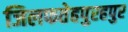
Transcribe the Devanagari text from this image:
जिलफतेहपुरहपुर